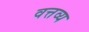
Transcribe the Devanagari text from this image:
वत्तव्य